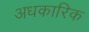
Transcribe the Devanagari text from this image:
अधकारिक